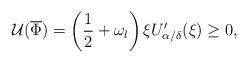
LaTeX: \begin{align*} \mathcal U(\overline\Phi)=\left(\frac{1}{2}+\omega_{l}\right)\xi U_{\alpha/\delta}'(\xi)\ge0, \end{align*}